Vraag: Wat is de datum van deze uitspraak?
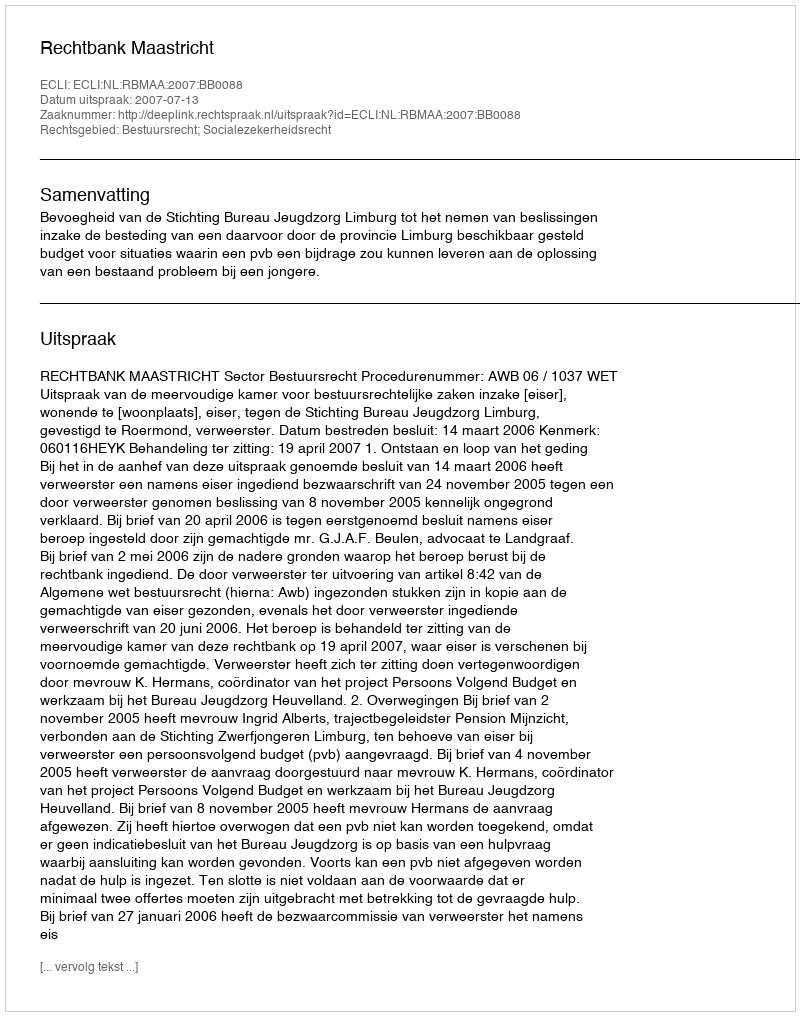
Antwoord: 2007-07-13